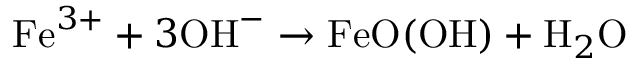
\mathrm { F e } ^ { 3 + } + 3 \mathrm { O H } ^ { - } \rightarrow \mathrm { F e O ( O H ) } + \mathrm { H } _ { 2 } \mathrm { O }